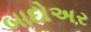
બાદોઅર